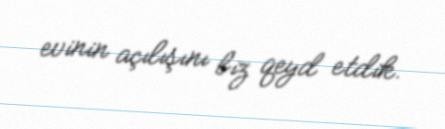
evinin açılışını biz qeyd etdik.